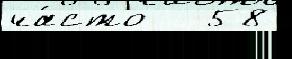
ча́сто   58